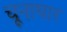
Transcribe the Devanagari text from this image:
चूनाधार